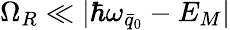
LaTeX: \Omega_{R}\ll|\hbar\omega_{\bar{q}_{0}}-E_{M}|